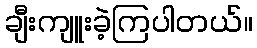
ချီးကျူးခဲ့ကြပါတယ်။